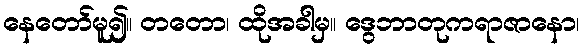
နေတော်မူ၍။ တတော၊ ထိုအခါမှ။ ဒွေဘာတုကရာဇာနော၊